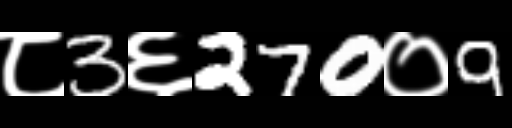
Text: ८3६270०9